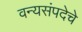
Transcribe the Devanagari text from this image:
वन्यसंपदेचे